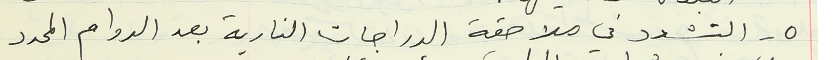
٥ - التشدد في ملاحقة الدراجات النارية بعد الدوام المحدد